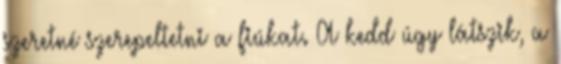
szeretné szerepeltetni a fiúkat. A kedd úgy látszik, a